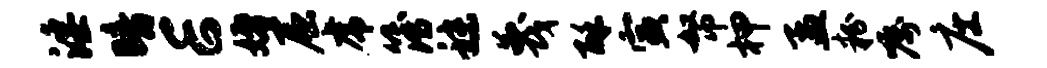
淫暗E婚屈虎簿秣蔑酥寅帑柙孟粉嘱庄